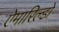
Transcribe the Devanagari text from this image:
ऐमारिल्डो